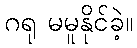
ဂရု မမူနိုင်ခဲ့။